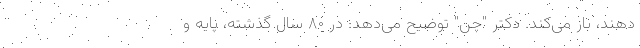
دهند، باز می‌کند. دکتر "چن" توضیح می‌دهد: در ۸۰ سال گذشته، پایه و